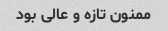
ممنون تازه و عالی بود